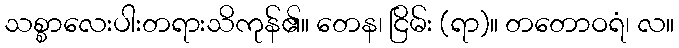
သစ္စာလေးပါးတရားသိကုန်၏။ တေန၊ ငြိမ်း (ရာ)။ တတောဝရံ၊ လ။